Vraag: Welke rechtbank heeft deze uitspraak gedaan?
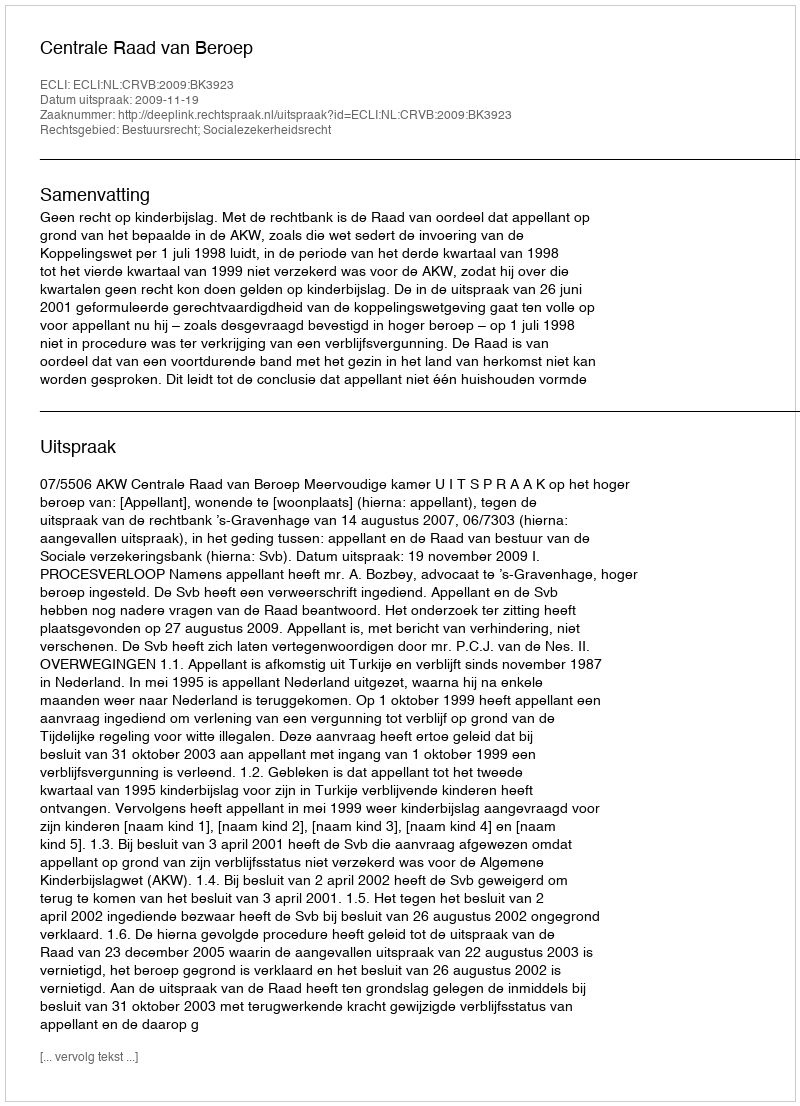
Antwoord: Centrale Raad van Beroep